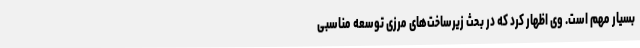
بسیار مهم است. وی اظهار کرد که در بحث زیرساخت‌های مرزی توسعه مناسبی